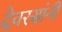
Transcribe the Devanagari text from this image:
देवरसांनी